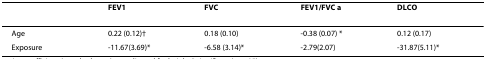
<table><thead><tr><td></td><td><b>FEV1</b></td><td><b>FVC</b></td><td><b>FEV1/FVC a</b></td><td><b>DLCO</b></td></tr></thead><tbody><tr><td>Age</td><td>0.22 (0.12)†</td><td>0.18 (0.10)</td><td>-0.38 (0.07) *</td><td>0.12 (0.17)</td></tr><tr><td>Exposure</td><td>-11.67(3.69)*</td><td>-6.58 (3.14)*</td><td>-2.79(2.07)</td><td>-31.87(5.11)*</td></tr></tbody></table>